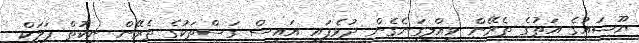
ޔޫޝައުގެ އަތުގެ ތެރޭން ވީއްލިގަނެގެން ދުވެފައި އައިސް ގަސްތަކުގެ ތެރޭން ނިކުތް ފަލަކް